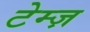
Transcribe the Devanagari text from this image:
टेम्ज़